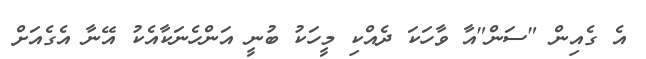
އެ ގެއިން "ސަން"އާ ވާހަކަ ދެއްކި މީހަކު ބުނީ އަންހެނަކާއެކު އޭނާ އެގެއަށް